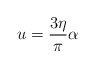
\begin{align*}u = \frac{3\eta}{\pi}\alpha \end{align*}